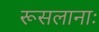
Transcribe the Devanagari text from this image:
रूसलानाः